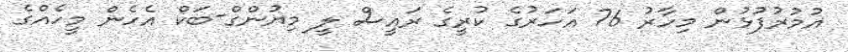
އުމުރުފުޅުން މިހާރު 76 އަހަރުގެ ކުރީގެ ރައީސް ލީ މިޔުންގް-ބަކް އެހެން މީހެއްގެ